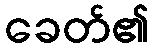
ခေတ်၏